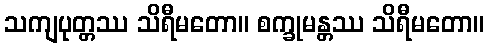
သကျပုတ္တဿ သိရီမတော။ စက္ခုမန္တဿ သိရီမတော။